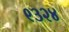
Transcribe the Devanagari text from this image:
९३२४